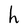
Character: h